Punjab Mental Hospital Lahore 1932-46 - 1932-1946
Year: 1932
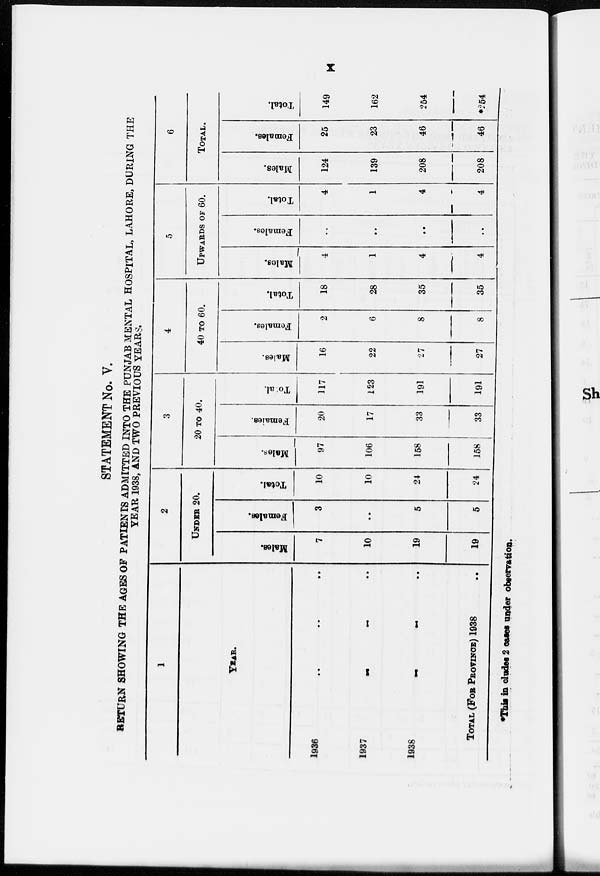
x
STATEMENT No. V.
RETURN SHOWING THE AGES OF PATIENTS ADMITTED INTO THE PUNJAB MENTAL HOSPITAL, LAHORE, DURING THE
YEAR 1938, AND TWO PREVIOUS YEARS.
1
YEAR.
1936 .. .. ..
1937
..
..
..
1938 .. .. ..
TOTAL (FOR PROVINCE) 1938 ..
2
UNDER 20.
Males.
7
10
19
19
Females.
3
..
5
5
Total.
10
10
24
24
3
20 TO 40.
Males.
97
106
158
158
Females.
20
17
33
33
Total.
117
123
191
191
4
40 TO 60.
Males.
16
22
27
27
Females.
2
6
8
8
Total.
18
28
35
35
5
UPWARDS OF 60.
Males.
4
1
4
4
Females.
..
..
..
..
Total.
4
1
4
4
6
TOTAL.
Males.
124
139
208
208
Females.
25
23
46
46
Total.
149
162
254
*254
*This includes 2 cases under observation.